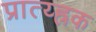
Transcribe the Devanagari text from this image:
प्रात्य्ह्रक